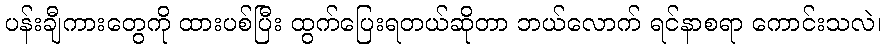
ပန်းချီကားတွေကို ထားပစ်ပြီး ထွက်ပြေးရတယ်ဆိုတာ ဘယ်လောက် ရင်နာစရာ ကောင်းသလဲ၊